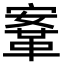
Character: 鞌